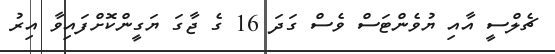
ޗެލްސީ އާއި ޔުވެންޓަސް ވެސް ގަދަ 16 ގެ ޖާގަ ޔަގީންކޮށްފައިވާ އިރު